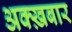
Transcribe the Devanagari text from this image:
अक्ख़बार